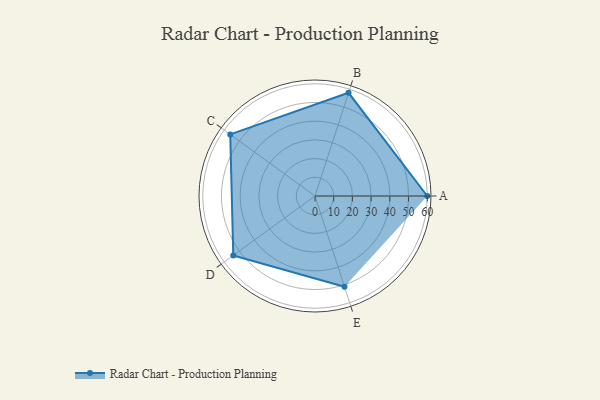
{"axis": {"x": "Skill", "y": "Score"}, "legend": ["Profile"], "data": [{"x": "A", "y": 60.0, "type": "Profile"}, {"x": "B", "y": 58.0, "type": "Profile"}, {"x": "C", "y": 56.0, "type": "Profile"}, {"x": "D", "y": 54.0, "type": "Profile"}, {"x": "E", "y": 51.0, "type": "Profile"}]}